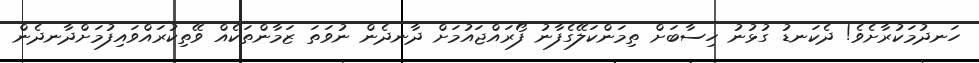
ހަނދުމަކުރާށެވެ! ދެކަނޑު ގުޅުނު ހިސާބަށް ތިމަންކަލޭގެފާނު ފޯރައްޖައުމަށް ދާނދެން ނުވަތަ ޒަމާންތަކެއް ވޭތިކުރައްވައިފުމަށްދާނދެން